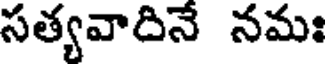
సత్యవాదినే నమః